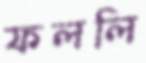
ফললি